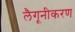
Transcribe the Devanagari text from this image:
लैगूनीकरण